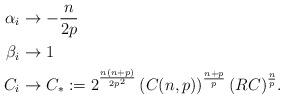
LaTeX: \begin{align*}\alpha_i &\rightarrow -\frac{n}{2p}\\\beta_i &\rightarrow 1\\C_i &\rightarrow C_{\ast} := 2^{\frac{n(n+p)}{2p^2}} \left(C(n,p)\right)^{\frac{n+p}{p}} (RC)^{\frac{n}{p}}.\end{align*}